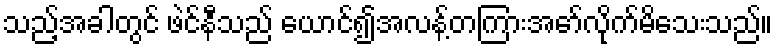
သည့်အခါတွင် ဖဲင်နီသည် ယောင်၍အလန့်တကြားအော်လိုက်မိသေးသည်။